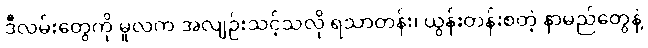
ဒီလမ်းတွေကို မူလက အလျဉ်းသင့်သလို ရသာတန်း၊ ယွန်းတန်းစတဲ့ နာမည်တွေနဲ့